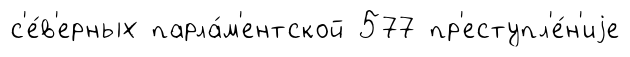
с'е́в'ерных парла́м'ентской 577 пр'еступл'е́н'иjе